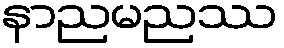
နာညမညဿ